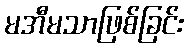
မအီမသာဖြစ်ခြင်း